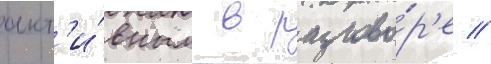
акт'и́вным в разгово́р'е //